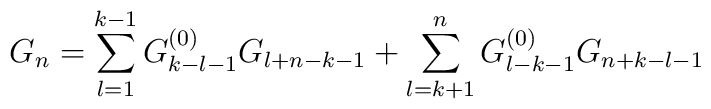
G_n=\sum _{l=1}^{k-1}G^{(0)}_{k-l-1}G_{l+n-k-1}+\sum _{l=k+1}^{n}G^{(0)}_{l-k-1}G_{n+k-l-1}